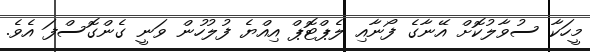
މީހަކާ ސުވާލުކޮށް އޭނާގެ ފޯނާއި ލެޕްޓޮޕް އިއްޔެ ފުލުހުން ވަނީ ގެންގޮސްފަ އެވެ.